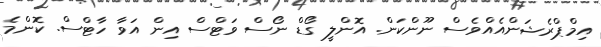
އިމްޕްރެޝަންއެއްވެސް ނޫންކަން. އޮންލީ ގޯޑް ނޯސް ވަޓްސް އިން އަވާ ހާޓްސް. ކޮންމެ